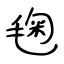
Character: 毱